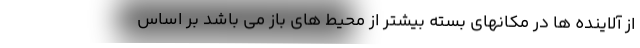
از آلاینده ها در مکانهای بسته بیشتر از محیط های باز می باشد بر اساس